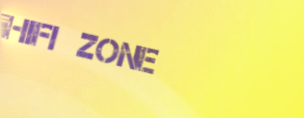
HiFi Zone